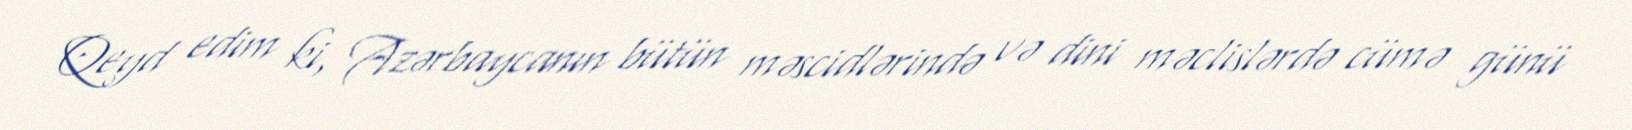
Qeyd edim ki, Azərbaycanın bütün məscidlərində və dini məclislərdə cümə günü